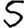
Digit: 5